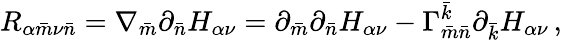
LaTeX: R_{\alpha{\bar{m}}\nu{\bar{n}}}=\nabla_{\bar{m}}\partial_{\bar{n}}H_{\alpha\nu}=\partial_{\bar{m}}\partial_{\bar{n}}H_{\alpha\nu}-\Gamma_{\bar{m}\bar{n}}^{\bar{k}}\partial_{\bar{k}}H_{\alpha\nu}\, ,